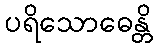
ပရိသောဓေန္တိ